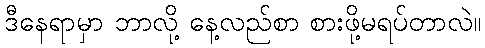
ဒီနေရာမှာ ဘာလို့ နေ့လည်စာ စားဖို့မရပ်တာလဲ။